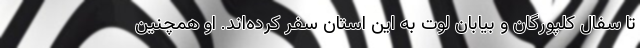
تا سفال کلپورگان و بیابان لوت به این استان سفر کرده‌اند. او همچنین